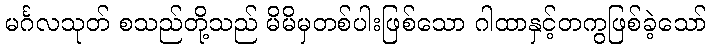
မင်္ဂလသုတ် စသည်တို့သည် မိမိမှတစ်ပါးဖြစ်သော ဂါထာနှင့်တကွဖြစ်ခဲ့သော်